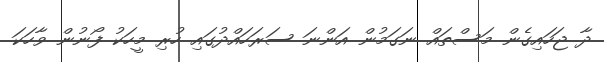
ދާ ޖަހައިގެން މަސްތައް ނަގަމުން އަންނަ ސަރަހައްދުގައި ހުރި މީހަކު ފޯނުން ވާހަކަ